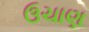
ઉચાણ